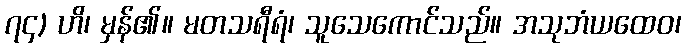
၇၄) ဟိ၊ မှန်၏။ မတသရီရံ၊ သူသေကောင်သည်။ အသုဘံယထေဝ၊